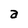
Character: a